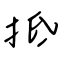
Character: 抵